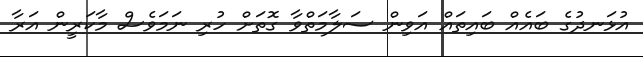
އުޅަނދުގެ ބައެއް ބައިތައް އަވިން ސަލާމަތްވާ ގޮތަށް ހުރި ނަމަވެސް މާކަރީން އަރާ